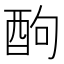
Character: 䣱